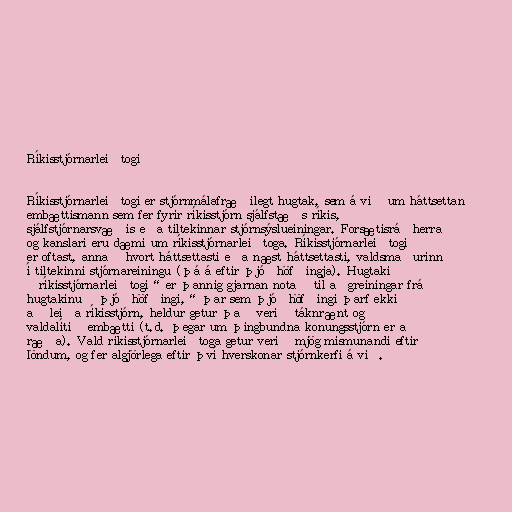
Ríkisstjórnarleiðtogi

Ríkisstjórnarleiðtogi er stjórnmálafræðilegt hugtak, sem á við um háttsettan
embættismann sem fer fyrir ríkisstjórn sjálfstæðs ríkis,
sjálfstjórnarsvæðis eða tiltekinnar stjórnsýslueiningar. Forsætisráðherra
og kanslari eru dæmi um ríkisstjórnarleiðtoga. Ríkisstjórnarleiðtogi
er oftast, annað hvort háttsettasti eða næst háttsettasti, valdsmaðurinn
í tiltekinni stjórnareiningu (þá á eftir þjóðhöfðingja). Hugtakið
„ríkisstjórnarleiðtogi“ er þannig gjarnan notað til aðgreiningar frá
hugtakinu „þjóðhöfðingi,“ þar sem þjóðhöfðingi þarf ekki
að leiða ríkisstjórn, heldur getur það verið táknrænt og
valdalítið embætti (t.d. þegar um þingbundna konungsstjórn er að
ræða). Vald ríkisstjórnarleiðtoga getur verið mjög mismunandi eftir
löndum, og fer algjörlega eftir því hverskonar stjórnkerfi á við.